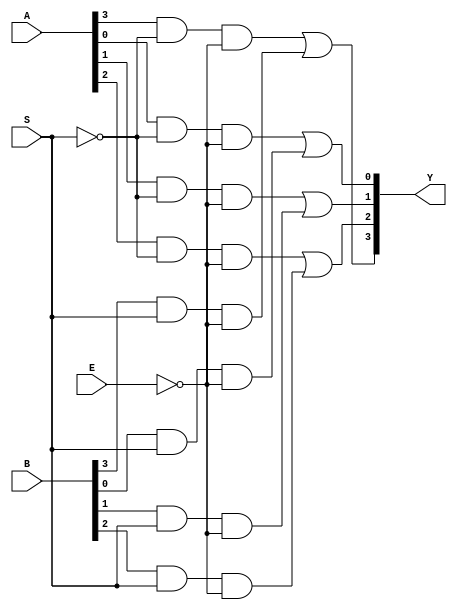
module q4_38 (A, B, S, E, Y);

	input [3:0] A, B;
	input S, E;
	output [3:0] Y;

	assign Y[0] = (A[0]&&~S&&~E)||(B[0]&&S&&~E);
	assign Y[1] = (A[1]&&~S&&~E)||(B[1]&&S&&~E);
	assign Y[2] = (A[2]&&~S&&~E)||(B[2]&&S&&~E);
	assign Y[3] = (A[3]&&~S&&~E)||(B[3]&&S&&~E);

endmodule